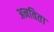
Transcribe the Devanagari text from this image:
अनविता